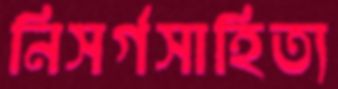
নিসর্গসাহিত্য